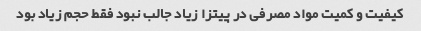
کیفیت و کمیت مواد مصرفی در پیتزا زیاد جالب نبود فقط حجم زیاد بود